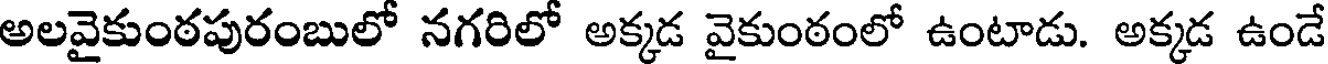
అలవైకుంఠపురంబులో నగరిలో అక్కడ వైకుంఠంలో ఉంటాడు. అక్కడ ఉండే